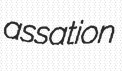
assation